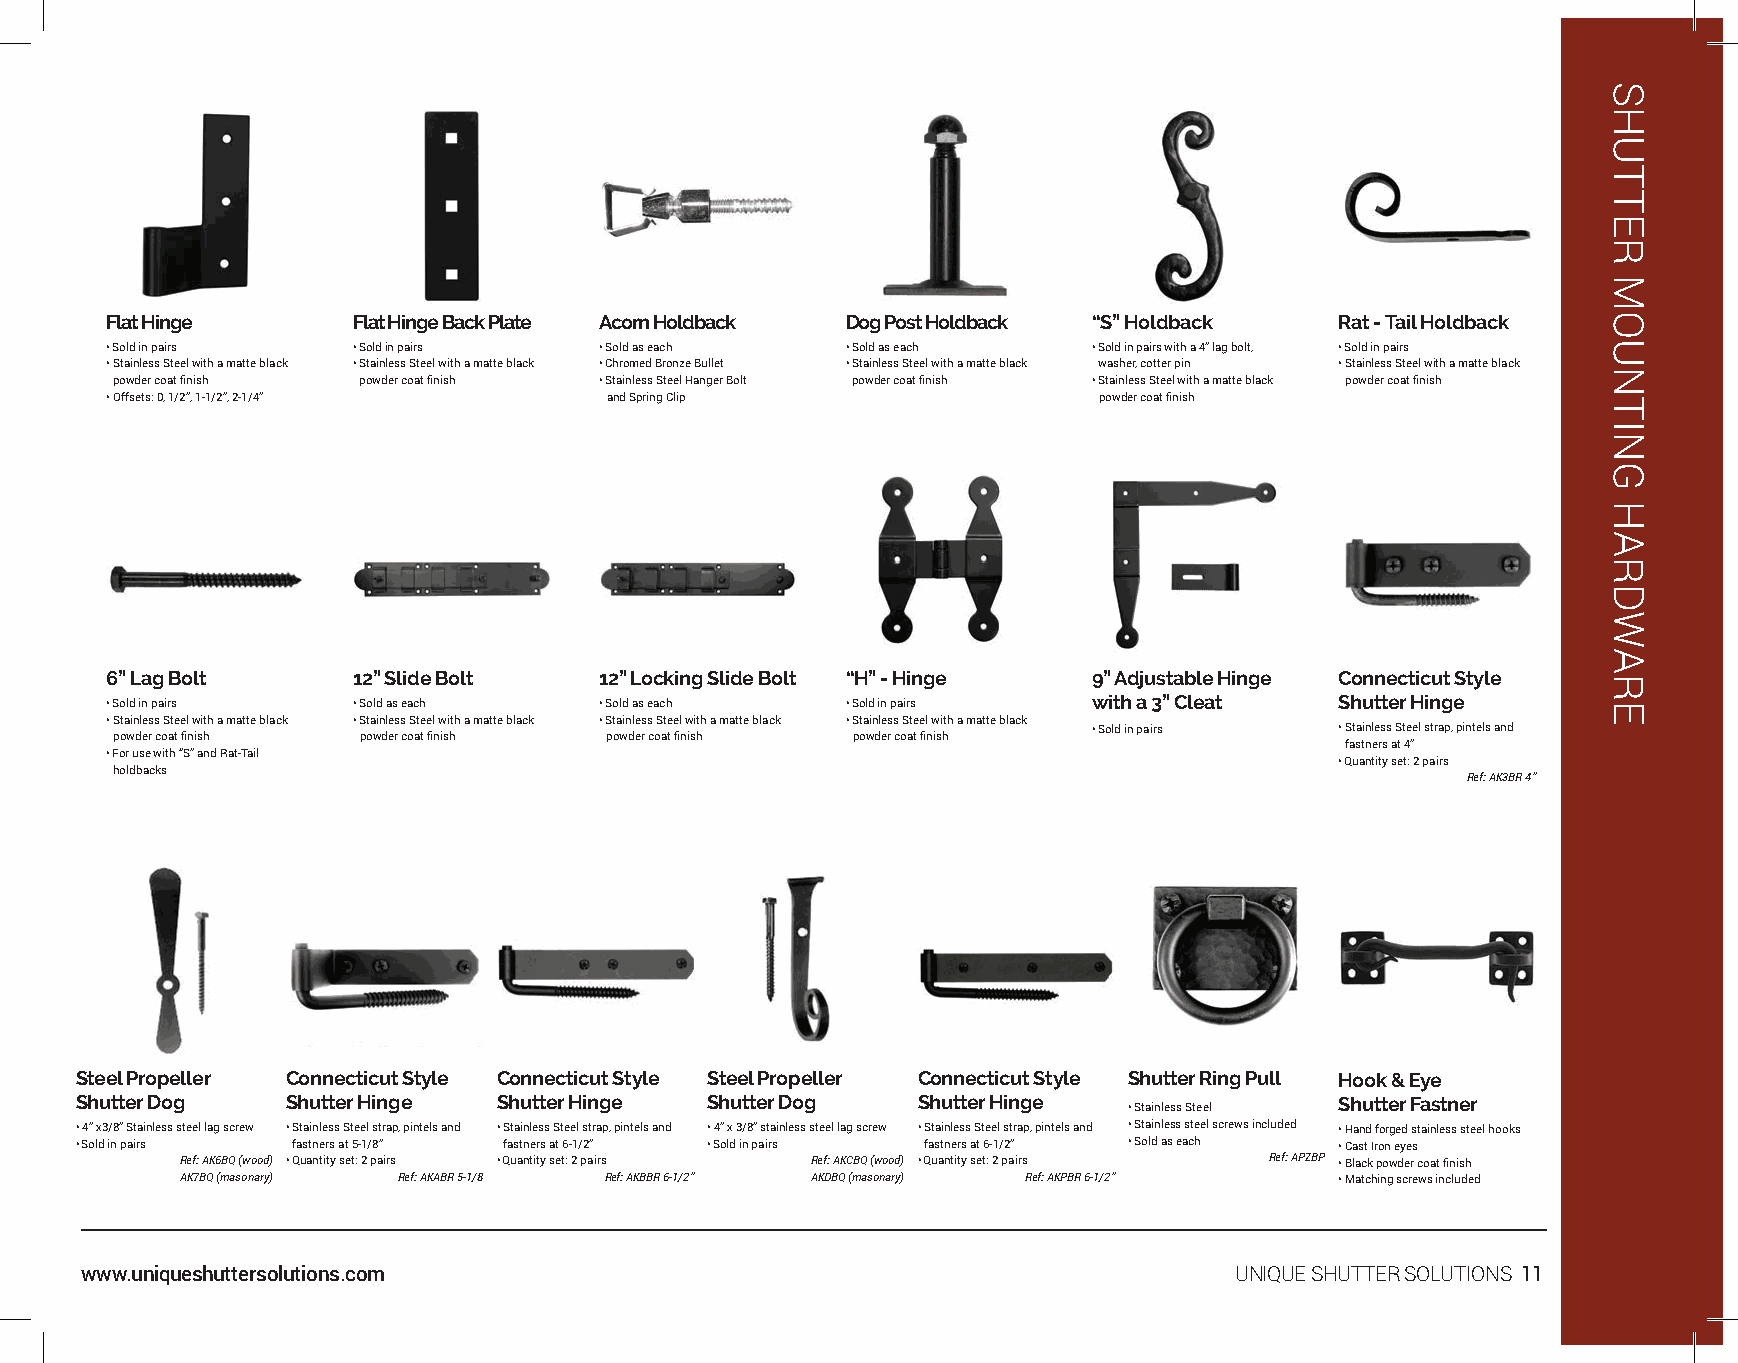
Flat Hinge      Flat Hinge Back Plate Acorn Holdback Dog Post Holdback “S” Holdback Rat - Tail Holdback
 • Sold in pairs • Sold in pairs  • Sold as each  • Sold as each  • Sold in pairs with a 4” lag bolt, • Sold in pairs
 • Stainless Steel with a matte black • Stainless Steel with a matte black • Chromed Bronze Bullet • Stainless Steel with a matte black washer, cotter pin • Stainless Steel with a matte black
 powder coat finish powder coat finish • Stainless Steel Hanger Bolt powder coat finish • Stainless Steel with a matte black powder coat finish
 • Offsets: 0, 1/2”, 1-1/2”, 2-1/4” and Spring Clip                powder coat finish
 6” Lag Bolt     12” Slide Bolt   12” Locking Slide Bolt “H” - Hinge 9” Adjustable Hinge Connecticut Style
 • Sold in pairs • Sold as each   • Sold as each  • Sold in pairs with a 3” Cleat  Shutter Hinge
 • Stainless Steel with a matte black • Stainless Steel with a matte black • Stainless Steel with a matte black • Stainless Steel with a matte black
 • Sold in pairs  • Stainless Steel strap, pintels and
 powder coat finish powder coat finish powder coat finish powder coat finish
 fastners at 4”
 • For use with “S” and Rat-Tail
 • Quantity set: 2 pairs
 holdbacks
 Ref: AK3BR 4”
 Steel Propeller Connecticut Style Connecticut Style Steel Propeller Connecticut Style Shutter Ring Pull Hook & Eye
 Shutter Dog   Shutter Hinge Shutter Hinge Shutter Dog   Shutter Hinge               Shutter Fastner
 • Stainless Steel
 • 4” x3/8” Stainless steel lag screw • Stainless Steel strap, pintels and • Stainless Steel strap, pintels and • 4” x 3/8” stainless steel lag screw • Stainless Steel strap, pintels and • Stainless steel screws included • Hand forged stainless steel hooks
 • Sold in pairs fastners at 5-1/8” fastners at 6-1/2” • Sold in pairs fastners at 6-1/2” • Sold as each • Cast Iron eyes
 Ref: AK6BQ (wood) • Quantity set: 2 pairs • Quantity set: 2 pairs Ref: AKCBQ (wood) • Quantity set: 2 pairs Ref: APZBP • Black powder coat finish
 AK7BQ (masonary) Ref: AKABR 5-1/8 Ref: AKBBR 6-1/2” AKDBQ (masonary) Ref: AKPBR 6-1/2” • Matching screws included
 www.uniqueshuttersolutions.com                                               UNIQUE SHUTTER SOLUTIONS 11
 SHUTTER
 MOUNTING
 HARDWARE